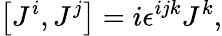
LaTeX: \left[J^{i},J^{j}\right]=i\epsilon^{ijk}J^{k},